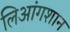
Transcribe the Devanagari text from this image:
लिआंगशान